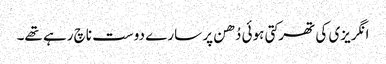
انگریزی کی تھرکتی ہوئی دُھن پر سارے دوست ناچ رہے تھے۔